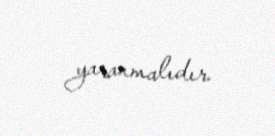
yaranmalıdır.